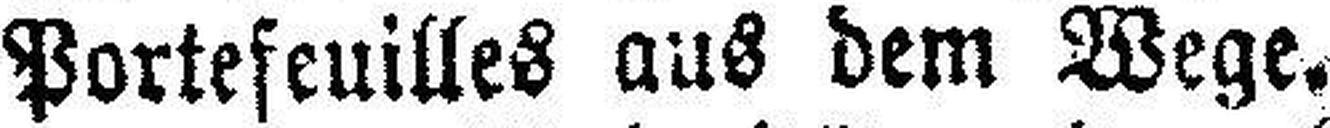
Portefeuilles aus dem Wege.